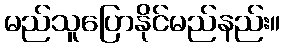
မည်သူပြောနိုင်မည်နည်း။